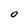
Character: O